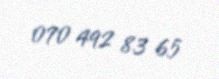
070 492 83 65